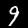
Label: 9